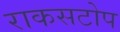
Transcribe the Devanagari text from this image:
राकसटोप